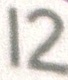
12